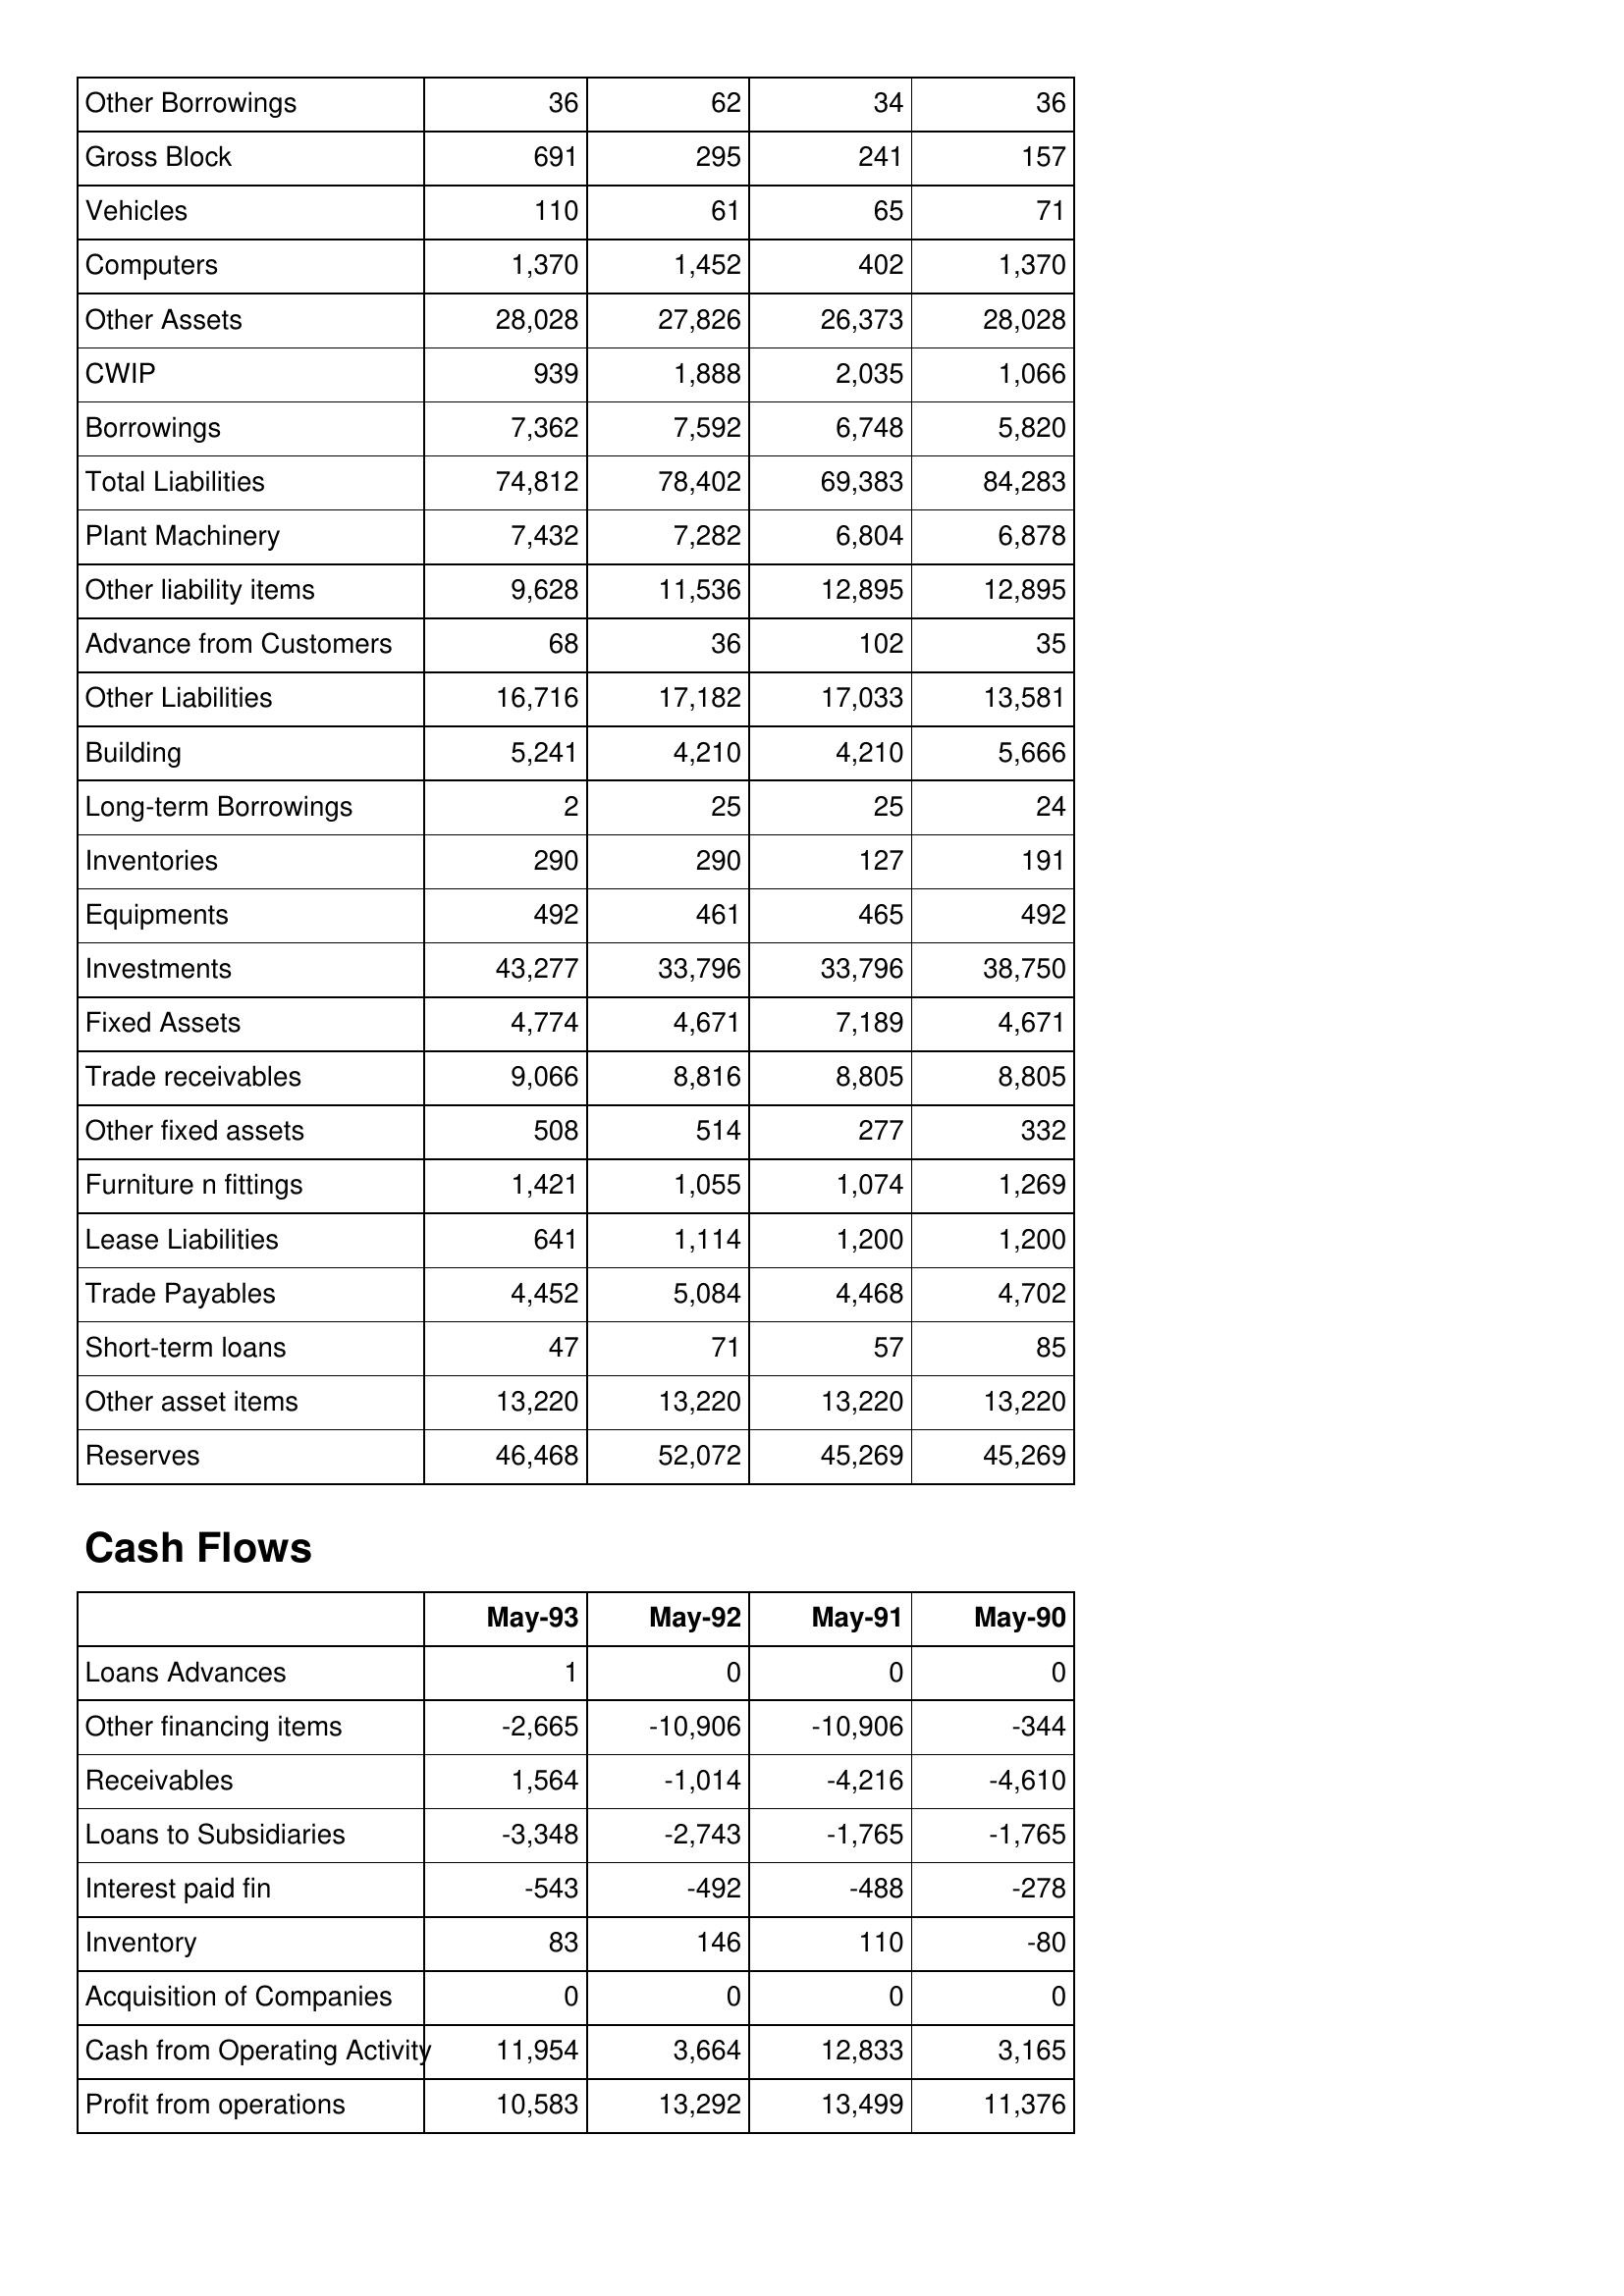
May-93: Balance Sheet: Other Borrowings: 36
Gross Block: 691
Vehicles: 110
Computers: 1,370
Other Assets: 28,028
CWIP: 939
Borrowings: 7,362
Total Liabilities: 74,812
Plant Machinery: 7,432
Other liability items: 9,628
Advance from Customers: 68
Other Liabilities: 16,716
Building: 5,241
Long-term Borrowings: 2
Inventories: 290
Equipments: 492
Investments: 43,277
Fixed Assets: 4,774
Trade receivables: 9,066
Other fixed assets: 508
Furniture n fittings: 1,421
Lease Liabilities: 641
Trade Payables: 4,452
Short-term loans: 47
Other asset items: 13,220
Reserves: 46,468
Cash Flows: Loans Advances: 1
Other financing items: -2,665
Receivables: 1,564
Loans to Subsidiaries: -3,348
Interest paid fin: -543
Inventory: 83
Acquisition of Companies: 0
Cash from Operating Activity: 11,954
Profit from operations: 10,583
May-92: Balance Sheet: Other Borrowings: 62
Gross Block: 295
Vehicles: 61
Computers: 1,452
Other Assets: 27,826
CWIP: 1,888
Borrowings: 7,592
Total Liabilities: 78,402
Plant Machinery: 7,282
Other liability items: 11,536
Advance from Customers: 36
Other Liabilities: 17,182
Building: 4,210
Long-term Borrowings: 25
Inventories: 290
Equipments: 461
Investments: 33,796
Fixed Assets: 4,671
Trade receivables: 8,816
Other fixed assets: 514
Furniture n fittings: 1,055
Lease Liabilities: 1,114
Trade Payables: 5,084
Short-term loans: 71
Other asset items: 13,220
Reserves: 52,072
Cash Flows: Loans Advances: 0
Other financing items: -10,906
Receivables: -1,014
Loans to Subsidiaries: -2,743
Interest paid fin: -492
Inventory: 146
Acquisition of Companies: 0
Cash from Operating Activity: 3,664
Profit from operations: 13,292
May-91: Balance Sheet: Other Borrowings: 34
Gross Block: 241
Vehicles: 65
Computers: 402
Other Assets: 26,373
CWIP: 2,035
Borrowings: 6,748
Total Liabilities: 69,383
Plant Machinery: 6,804
Other liability items: 12,895
Advance from Customers: 102
Other Liabilities: 17,033
Building: 4,210
Long-term Borrowings: 25
Inventories: 127
Equipments: 465
Investments: 33,796
Fixed Assets: 7,189
Trade receivables: 8,805
Other fixed assets: 277
Furniture n fittings: 1,074
Lease Liabilities: 1,200
Trade Payables: 4,468
Short-term loans: 57
Other asset items: 13,220
Reserves: 45,269
Cash Flows: Loans Advances: 0
Other financing items: -10,906
Receivables: -4,216
Loans to Subsidiaries: -1,765
Interest paid fin: -488
Inventory: 110
Acquisition of Companies: 0
Cash from Operating Activity: 12,833
Profit from operations: 13,499
May-90: Balance Sheet: Other Borrowings: 36
Gross Block: 157
Vehicles: 71
Computers: 1,370
Other Assets: 28,028
CWIP: 1,066
Borrowings: 5,820
Total Liabilities: 84,283
Plant Machinery: 6,878
Other liability items: 12,895
Advance from Customers: 35
Other Liabilities: 13,581
Building: 5,666
Long-term Borrowings: 24
Inventories: 191
Equipments: 492
Investments: 38,750
Fixed Assets: 4,671
Trade receivables: 8,805
Other fixed assets: 332
Furniture n fittings: 1,269
Lease Liabilities: 1,200
Trade Payables: 4,702
Short-term loans: 85
Other asset items: 13,220
Reserves: 45,269
Cash Flows: Loans Advances: 0
Other financing items: -344
Receivables: -4,610
Loans to Subsidiaries: -1,765
Interest paid fin: -278
Inventory: -80
Acquisition of Companies: 0
Cash from Operating Activity: 3,165
Profit from operations: 11,376